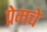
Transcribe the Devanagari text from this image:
प्रेमचे